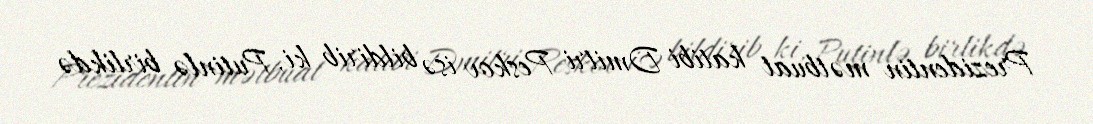
Prezidentin mətbuat katibi Dmitri Peskov isə bildirib ki, Putinlə birlikdə